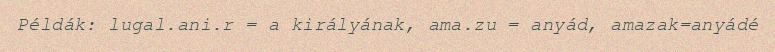
Példák: lugal.ani.r = a királyának, ama.zu = anyád, amazak=anyádé